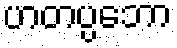
ဟတပ္ပဘော